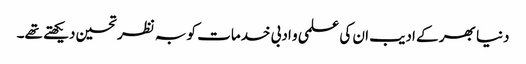
دنیا بھر کے ادیب ان کی علمی و ادبی خدمات کو بہ نظر تحسین دیکھتے تھے۔